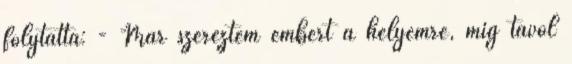
folytatta: - Már szereztem embert a helyemre, míg távol